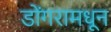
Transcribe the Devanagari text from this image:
डोंगरामधून